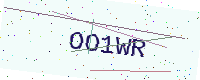
Text: OO1WR